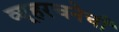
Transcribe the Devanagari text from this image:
व्यूहरचनेची